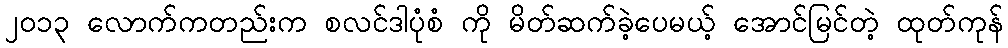
၂၀၁၃ လောက်ကတည်းက စလင်ဒါပုံစံ ကို မိတ်ဆက်ခဲ့ပေမယ့် အောင်မြင်တဲ့ ထုတ်ကုန်